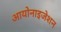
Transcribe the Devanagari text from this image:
आयोनाइजेशन